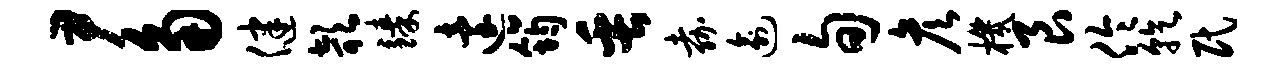
尹角健欹臻迨筠缶嘉逾旬彦机艮伶乾民